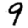
Digit: 9